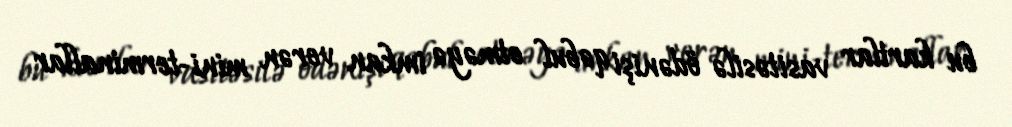
bu kartlar vasitəsilə ödənişi qəbul etməyə imkan verən mini-terminallar